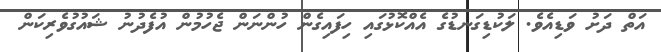
އަތް ދަށު ވަޑިއެވެ. ލަކުޑިގަނޑުގެ އެއްކޮޅުގައި ހިފައިގެން ހުންނަން ޖެހުމުން އުފެދުނު ޝައުގުވެރިކަން